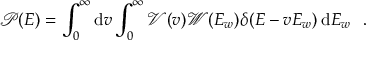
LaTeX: \mathcal { P } ( E ) = \int _ { 0 } ^ { \infty } \mathrm { d } v \int _ { 0 } ^ { \infty } \mathcal { V } ( v ) \mathcal { W } ( E _ { w } ) \delta ( E - v E _ { w } ) \, \mathrm { d } E _ { w } ~ ~ .